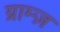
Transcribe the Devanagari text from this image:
ग्राम्ज़